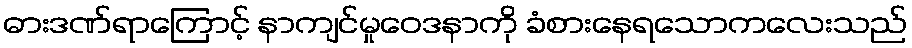
ဓားဒဏ်ရာကြောင့် နာကျင်မှုဝေဒနာကို ခံစားနေရသောကလေးသည်